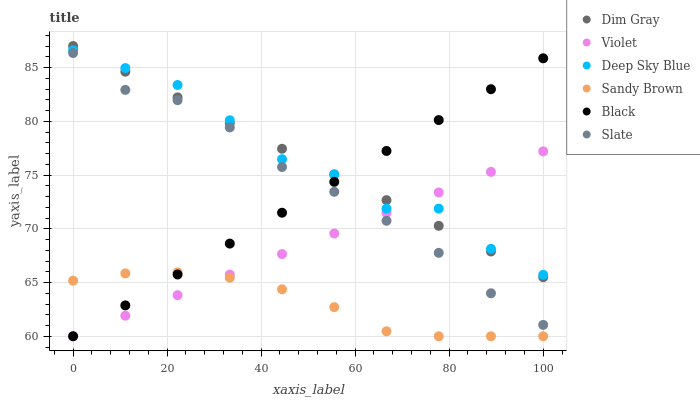
| xaxis_label | Dim Gray | Violet | Deep Sky Blue | Sandy Brown | Black | Slate |
 | --- | --- | --- | --- | --- | --- | --- |
 | 0 | 87 | 60 | 86.6 | 65.2 | 60 | 86.3 |
 | 11.1 | 84.6 | 61.9 | 84.9 | 65.8 | 62.9 | 82.9 |
 | 22.2 | 82.2 | 63.8 | 83.4 | 65.9 | 65.7 | 82 |
 | 33.3 | 79.8 | 65.7 | 80.1 | 65.4 | 68.6 | 79.4 |
 | 44.4 | 77.4 | 67.6 | 76.5 | 64.4 | 71.5 | 75.7 |
 | 55.6 | 75.1 | 69.6 | 75.1 | 62.7 | 74.4 | 73.4 |
 | 66.7 | 72.7 | 71.5 | 71.9 | 60.5 | 77.2 | 70.7 |
 | 77.8 | 70.3 | 73.4 | 71.9 | 60 | 80.1 | 67.8 |
 | 88.9 | 67.9 | 75.3 | 68.1 | 60 | 83 | 64 |
 | 100 | 65.5 | 77.2 | 65.7 | 60 | 85.9 | 61.1 |